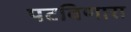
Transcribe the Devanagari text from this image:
पटविणारा